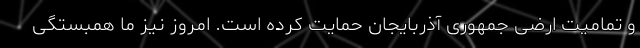
و تمامیت ارضی جمهوری آذربایجان حمایت کرده است. امروز نیز ما همبستگی